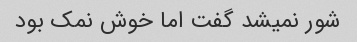
شور نمیشد گفت اما خوش نمک بود